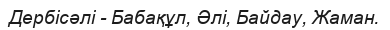
Дербісәлі - Бабақұл, Әлі, Байдау, Жаман.